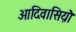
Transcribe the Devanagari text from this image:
आदिवासिय़ॊं